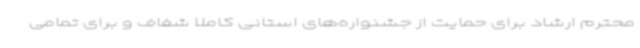
محترم ارشاد برای حمایت از جشنواره‌های استانی کاملاً شفاف و برای تمامی